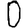
Digit: 0